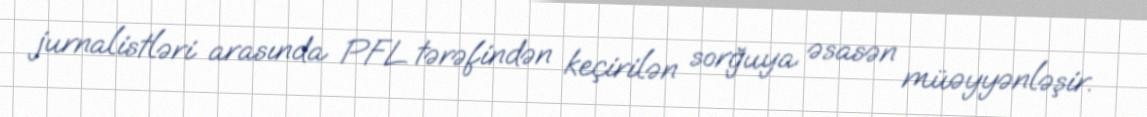
jurnalistləri arasında PFL tərəfindən keçirilən sorğuya əsasən müəyyənləşir.